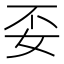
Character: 𮰼